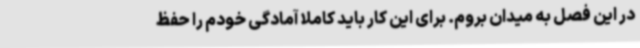
در این فصل به میدان بروم. برای این کار باید کاملا آمادگی خودم را حفظ